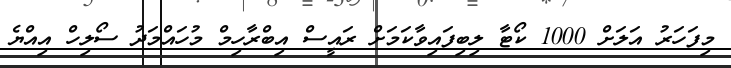
މިފަހަރު އަލަށް 1000 ކޯޓާ ލިބިފައިވާކަމަށް ރައީސް އިބްރާހިމް މުހައްމަދު ސޯލިހް އިއްޔެ